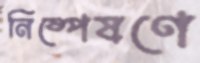
নিষ্পেষণে